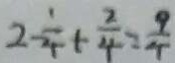
2 - \frac { 1 } { 4 } + \frac { 2 } { 4 } = \frac { 9 } { 4 }